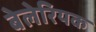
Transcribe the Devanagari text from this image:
बेलेरियक